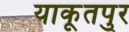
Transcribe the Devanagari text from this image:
याकूतपुर